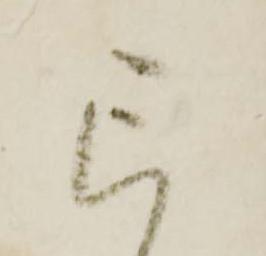
已